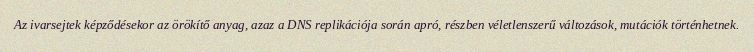
Az ivarsejtek képződésekor az örökítő anyag, azaz a DNS replikációja során apró, részben véletlenszerű változások, mutációk történhetnek.